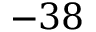
- 3 8